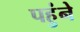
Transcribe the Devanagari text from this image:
पहुंने